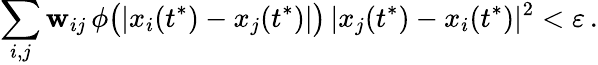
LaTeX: \sum_{i,j}\mathbf{w}_{ij}\, \phi\big(|x_{i}(t^{*})-x_{j}(t^{*})|\big)\, |x_{j}(t^{*})-x_{i}(t^{*})|^{2}<\varepsilon\, .